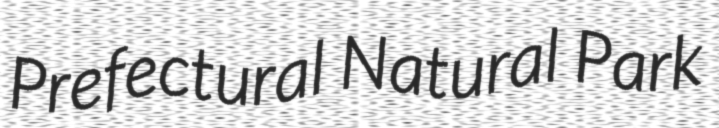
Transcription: Prefectural Natural Park